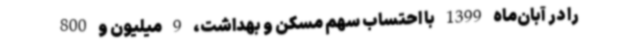
را در آبان‌ماه 1399 با احتساب سهم مسکن و بهداشت، 9‌ میلیون‌ و 800